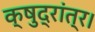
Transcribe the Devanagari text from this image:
क्षुद्रांत्र।